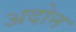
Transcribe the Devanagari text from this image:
अदोन